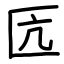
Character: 匟